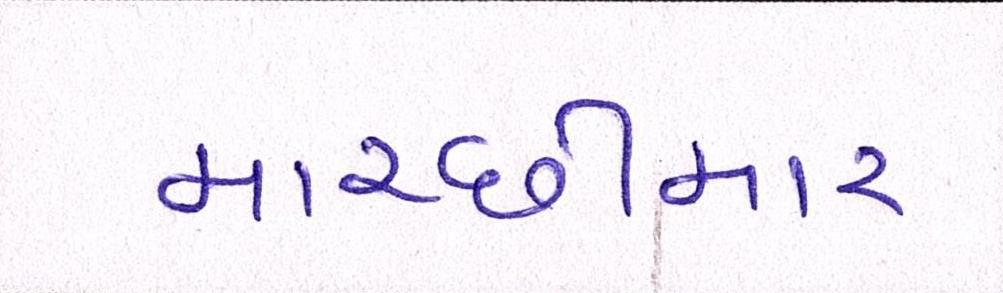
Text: માચ્છીમાર